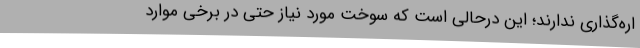
اره‌گذاری ندارند؛ این درحالی است که سوخت مورد نیاز حتی در برخی موارد